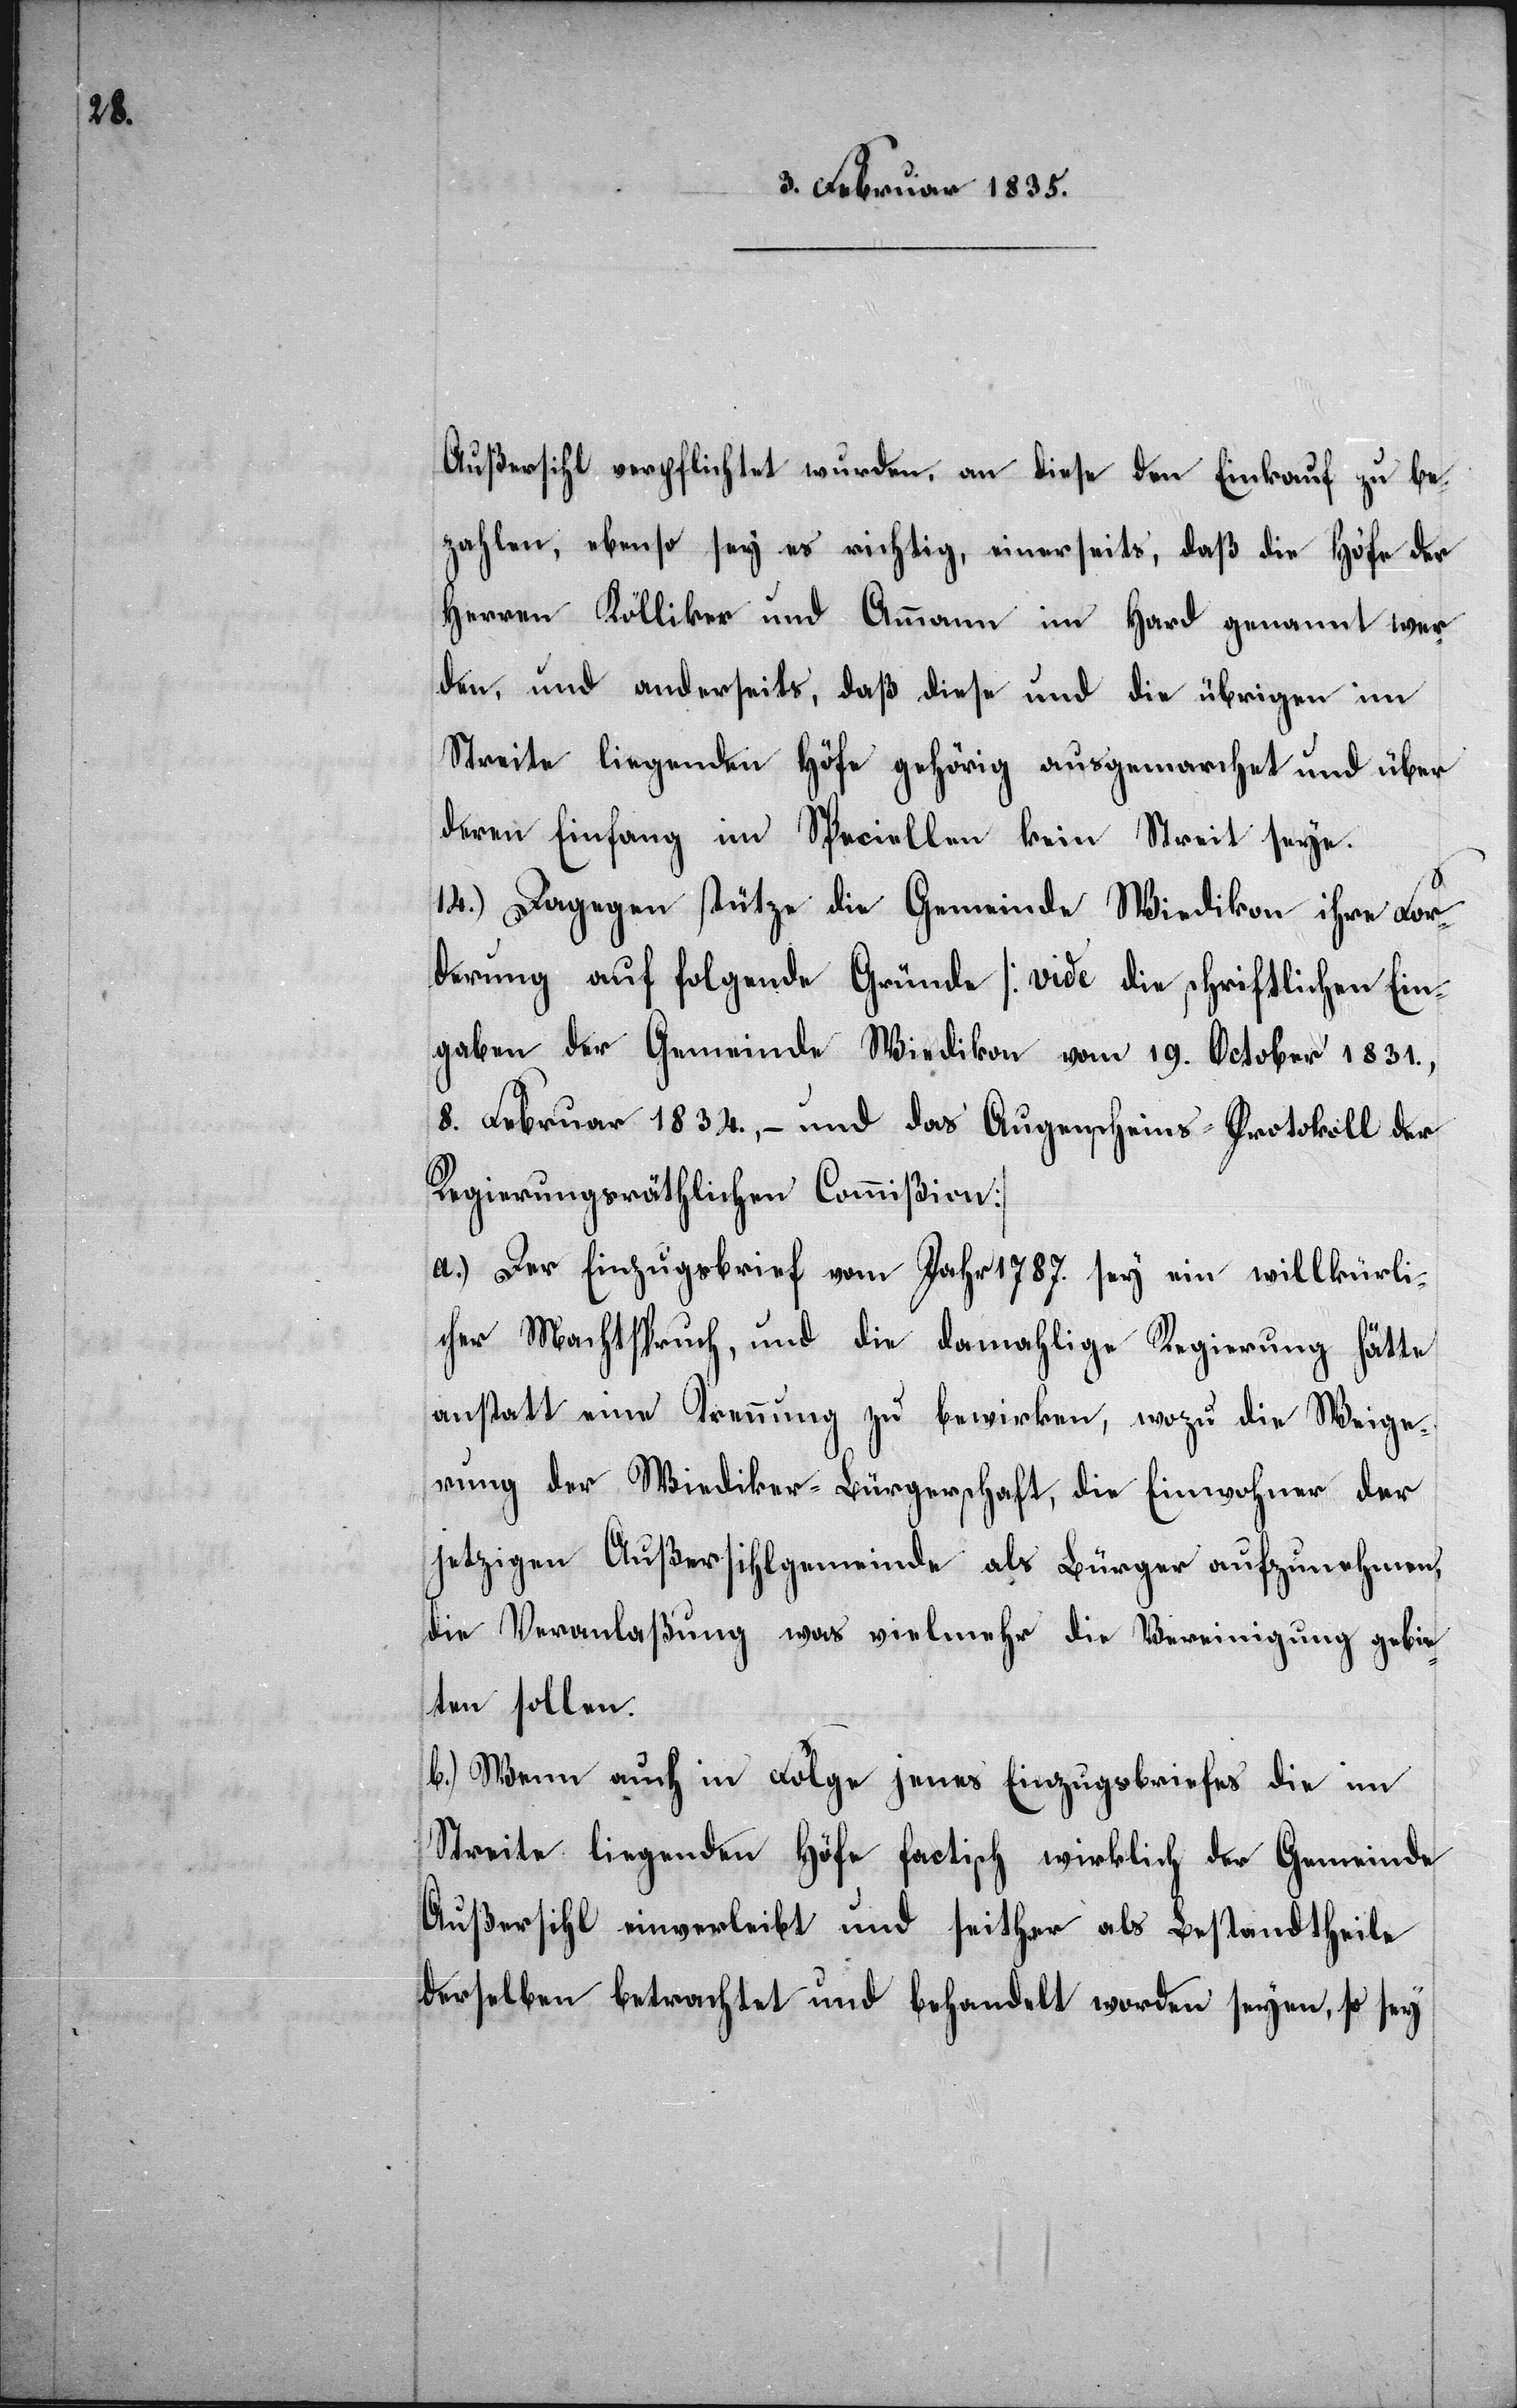
gebi¬

Außersihl verpflichtet wurden, an diese den Einkauf zu be¬
zahlen, ebenso sey es richtig, einerseits, daß die Höfe der
Herren Kölliker und Ammann im Hard genannt wur¬
den, und anderseits, daß diese und die übrigen im
Streite liegenden Höfe gehörig ausgemarchet und über
deren Einfang im Speciellen kein Streit seye.
14.) Dagegen stütze die Gemeinde Wiedikon ihre For¬
derung auf folgende Gründe [vide die schriftlichen Ein¬
gaben der Gemeinde Wiedikon vom 19. October 1831.,
8. Februar 1834., – und das Augenscheins-Protokoll der
Regierungsräthlichen Commißion]
a.) Der Einzugsbrief vom Jahr 1787. sey ein willkürli¬
cher Machtspruch, und die damahlige Regierung hätte
anstatt eine Trennung zu bewirken, wozu die Weige¬
rung der Wiediker-Bürgerschaft, die Einwohner der
jetzigen Außersihlgemeinde als Bürger aufzunehmen,
eten sollen.
b.) Wenn auch in Folge jenes Einzugsbriefes die im
Streite liegenden Höfe factisch wirklich der Gemeinde
Außersihl einverleibt und seither als Bestandtheile
derselben betrachtet und behandelt worden seyen, so sey